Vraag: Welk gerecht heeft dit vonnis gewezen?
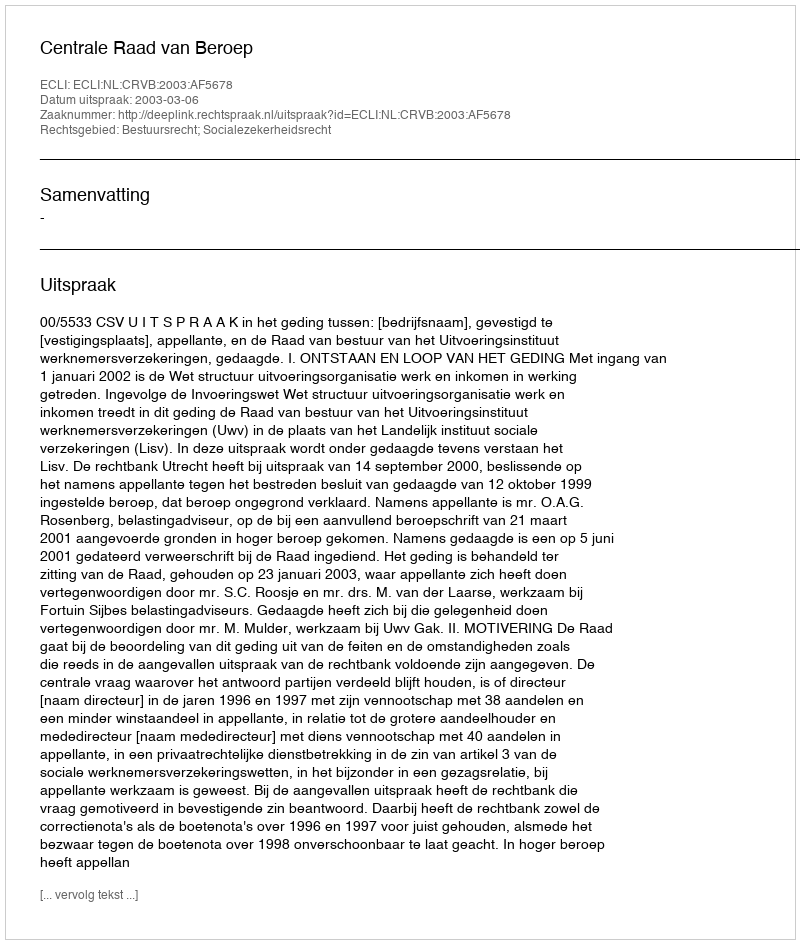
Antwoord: Centrale Raad van Beroep